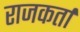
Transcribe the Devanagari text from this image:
राजकर्ता